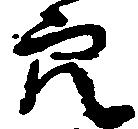
穴